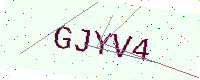
Text: GJYV4